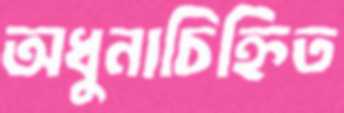
অধুনাচিহ্নিত